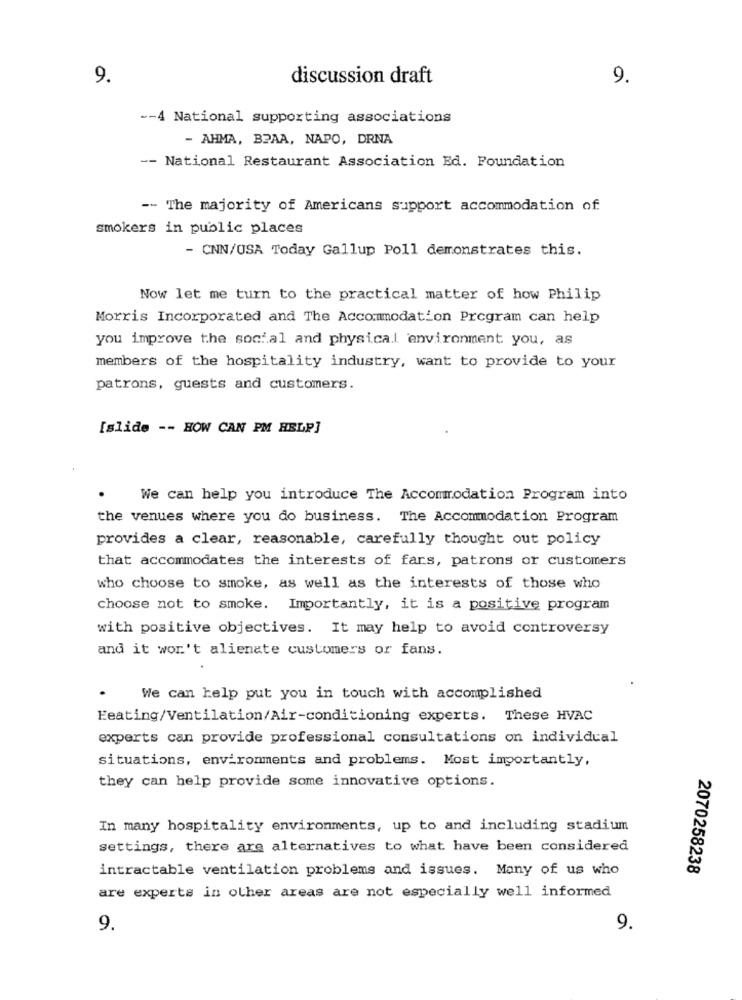
9.
discussion draft
9.
-- 4 National supporting associations
- AHMA, BPAA, NAPO, DRNA
-- National Restaurant Association Ed. Foundation
-- The majority of Americans support accommodation of
smokers in public places
- CNN/USA Today Gallup Poll demonstrates this.
Now let me turn to the practical matter of how Philip
Morris Incorporated and The Accommodation Program can help
you improve the social and physical environment you, as
members of the hospitality industry, want to provide to your
patrons, guests and customers.
[slide -- HOW CAN PM HELP]
We can help you introduce The Accommodation Program into
the venues where you do business. The Accommodation Program
provides a clear, reasonable, carefully thought out policy
that accommodates the interests of fars, patrons or customers
who choose to smoke, as well as the interests of those who
choose not to smoke. Importantly, it is a positive program
with positive objectives. It may help to avoid controversy
and it won't alienate customers or fans.
We can help put you in touch with accomplished
Eeating/Ventilation/Air-conditioning experts. These HVAC
experts can provide professional consultations on individual
situations, environments and problems. Most importantly,
they can help provide some innovative options.
In many hospitality environments, up to and including stadium
settings, there are alternatives to what have been considered
intractable ventilation problems and issues. Many of us who
2070258238
are experts in other areas are not especially well informed
9.
9.